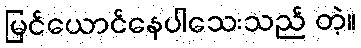
မြင်ယောင်နေပါသေးသည် တဲ့။